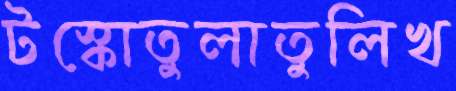
টস্‌কোতুলাতুলিখ